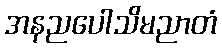
အနညပေါသိမညာတံ